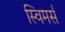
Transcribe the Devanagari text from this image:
स्विमर्स